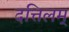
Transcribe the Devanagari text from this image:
दत्तिलम्‌